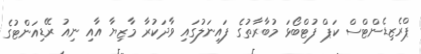
ޕްރެޒިޑެންޓްސް ކަޕް ފުޓްބޯޅަ މުބާރާތުގެ ފައިނަލުގައި ވާދަކުރާ މާޒިޔާ އާއި ނިއު ރޭޑިއަންޓުގެ